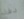
دقة